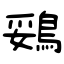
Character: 鵎